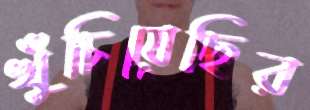
খুঁচিয়েছির